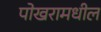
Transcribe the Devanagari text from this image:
पोखरामधील